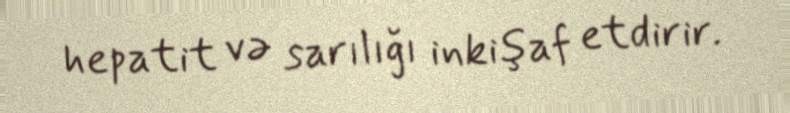
hepatit və sarılığı inkişaf etdirir.